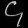
Digit: ၄